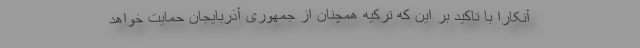
آنکارا با تاکید بر این که ترکیه همچنان از جمهوری آذربایجان حمایت خواهد